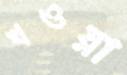
খওয়া